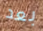
بعد